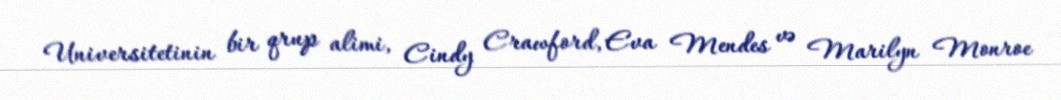
Universitetinin bir qrup alimi, Cindy Crawford, Eva Mendes və Marilyn Monroe